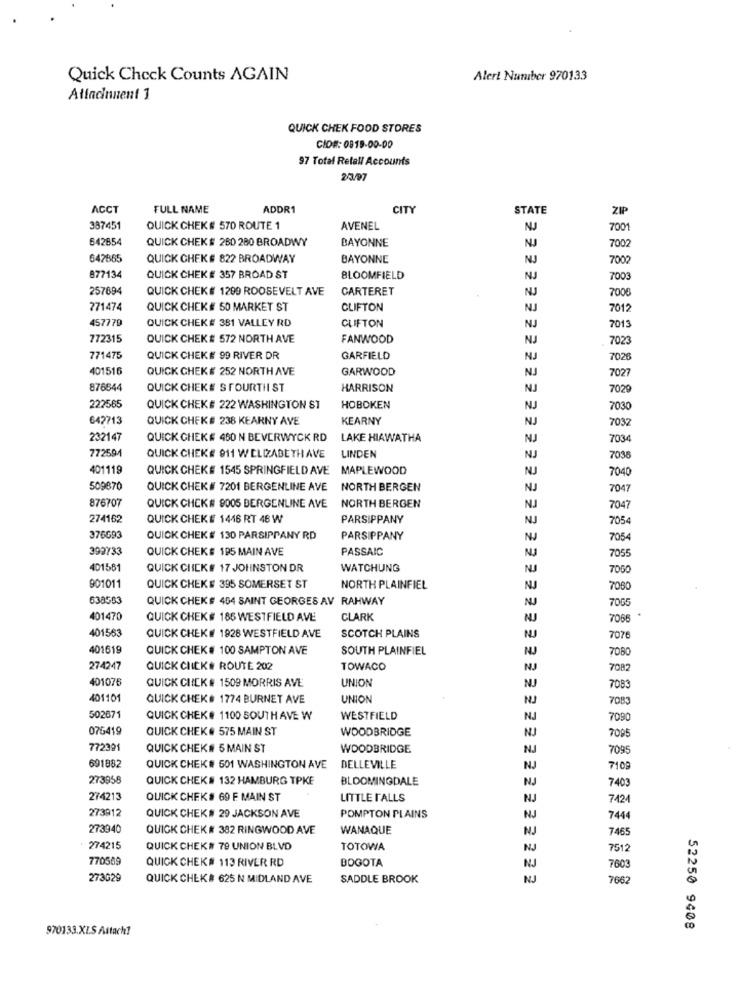
Quick Check Counts AGAIN
Alert Number 970133
Atindinnent 1
QUICK CHEK FOOD STORES
CID#: 0819-00-00
97 Total Retall Accounts
23/97
ACCT
FULL NAME
ADDR1
CITY
STATE
ZIP
387451
QUICK CHEK # 570 ROUTE 1
AVENEL
NJ
7001
642854
QUICK CHEK # 260 280 BROADWY
BAYONNE
NJ
7002
642865
QUICK CHEK # 822 BROADWAY
BAYONNE
NJ
7002
877134
QUICK CHEK # 357 BROAD ST
BLOOMFIELD
NJ
7003
257694
QUICK CHEK # 1200 ROOSEVELT AVE
CARTERET
7006
771474
QUICK CHEK # 50 MARKET ST
CLIFTON
NJ
7012
457779
QUICK CHEK# 381 VALLEY RD
CLIFTON
NJ
2013
772315
QUICK CHEK# 572 NORTH AVE
FANWOOD
NJ
7023
771475
QUICK CHEKE 99 RIVER DR
GARFIELD
7026
401516
QUICK CHEK # 252 NORTH AVE
GARWOOD
NJ
7027
876644
QUICK CHEK# S FOURTH ST
HARRISON
NJ
7029
222565
QUICK CHEK# 222 WASHINGTON ST
HOBOKEN
NJ
7030
642713
QUICK CHEK# 238 KEARNY AVE
KEARNY
NJ
7032
232147
QUICK CHEK# 460 N BEVERWYCK RD
LAKE HIAWATHA
NJ
7034
772594
QUICK CHEK# 911 W ELIZABETH AVE
LINDEN
7038
401119
QUICK CHEK# 1545 SPRINGFIELD AVE
MAPLEWOOD
NJ
7040
509870
QUICK CHEK# 7201 BERGENLINE AVE
NORTH BERGEN
NJ
7047
876707
QUICK CHCK# 9005 BERGENLINE AVE
NORTH BERGEN
NJ
7047
274162
QUICK CHEK# 1446 RT 48 W
PARSIPPANY
NJ
7054
376G93
QUICK CHEK # 130 PARSIPPANY RD
PARSIPPANY
NJ
7054
399733
QUICK CHEKS 195 MAIN AVE
PASSAIC
7055
401581
QUICK CHICK# 17 JOHNSTON DR
WATCHUNG
7050
901011
QUICK CHEK # 395 SOMERSET ST
NORTH PLAINFIEL
NJ
7080
638593
QUICK CHEK # 454 SAINT GEORGES AV RAHWAY
NU
7065
401470
QUICK CHEK # 186 WESTFIELD AVE
CLARK
NJ
7066
401563
QUICK CHEK# 1928 WESTFIELD AVE
SCOTCH PLAINS
NJ
7076
401619
QUICK CHEK # 100 SAMPTON AVE
SOUTH PLAINFIEL
NJ
7080
274247
QUICK CHICK# ROUTE 202
TOWACO
7082
401076
QUICK CHICK # 1509 MORRIS AVE
UNION
NJ
7083
401101
QUICK CHEK# 1774 BURNET AVE
UNION
NJ
7083
502671
QUICK CHEK# 1100 SOUTH AVE W
WESTFIELD
NJ
7090
075419
QUICK CHEK # 575 MAIN ST
WOODBRIDGE
NJ
7095
772391
QUICK CHEK# 5 MAIN ST
WOODBRIDGE
NJ
7095
691882
QUICK CHEK# 501 WASHINGTON AVE
DELLEVILLE
NJ
7109
273958
QUICK CHEK# 132 HAMBURG TPKE
BLOOMINGDALE
NJ
7403
274213
QUICK CHEK # 69 F MAIN ST
LITTLE FALLS
NJ
7424
273912
QUICK CHEK# 29 JACKSON AVE
POMPTON PLAINS
NJ
7444
273940
QUICK CHEK # 382 RINGWOOD AVE
WANAQUE
NJ
7465
274215
QUICK CHEK # 79 UNION BLVD
TOTOWA
NJ
7512
770569
QUICK CHEK# 113 RIVER RD
BOGOTA
NJ
7603
273G29
QUICK CHEK# 625 N MIDLAND AVE
SADDLE BROOK
NJ
7662
970133.XLS Attach!
52250 9408